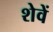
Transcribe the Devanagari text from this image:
शेवें